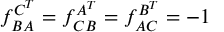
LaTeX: f _ { B A } ^ { C ^ { T } } = f _ { C B } ^ { A ^ { T } } = f _ { A C } ^ { B ^ { T } } = - 1